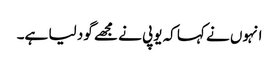
انہوں نے کہا کہ یوپی نے مجھے گود لیا ہے۔